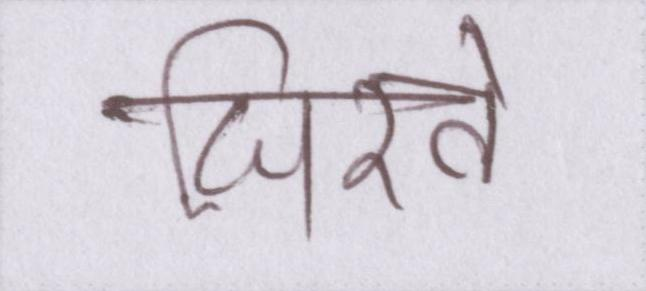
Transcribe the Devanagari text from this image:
घिरते